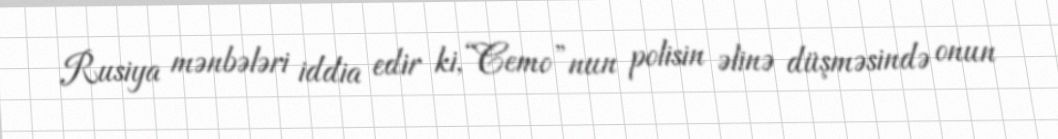
Rusiya mənbələri iddia edir ki, “Cemo”nun polisin əlinə düşməsində onun